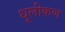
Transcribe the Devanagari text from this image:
धूलीकण